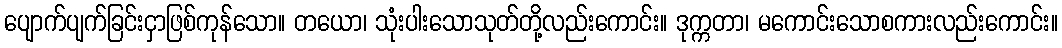
ပျောက်ပျက်ခြင်းငှာဖြစ်ကုန်သော။ တယော၊ သုံးပါးသောသုတ်တို့လည်းကောင်း။ ဒုက္ကတာ၊ မကောင်းသောစကားလည်းကောင်း။